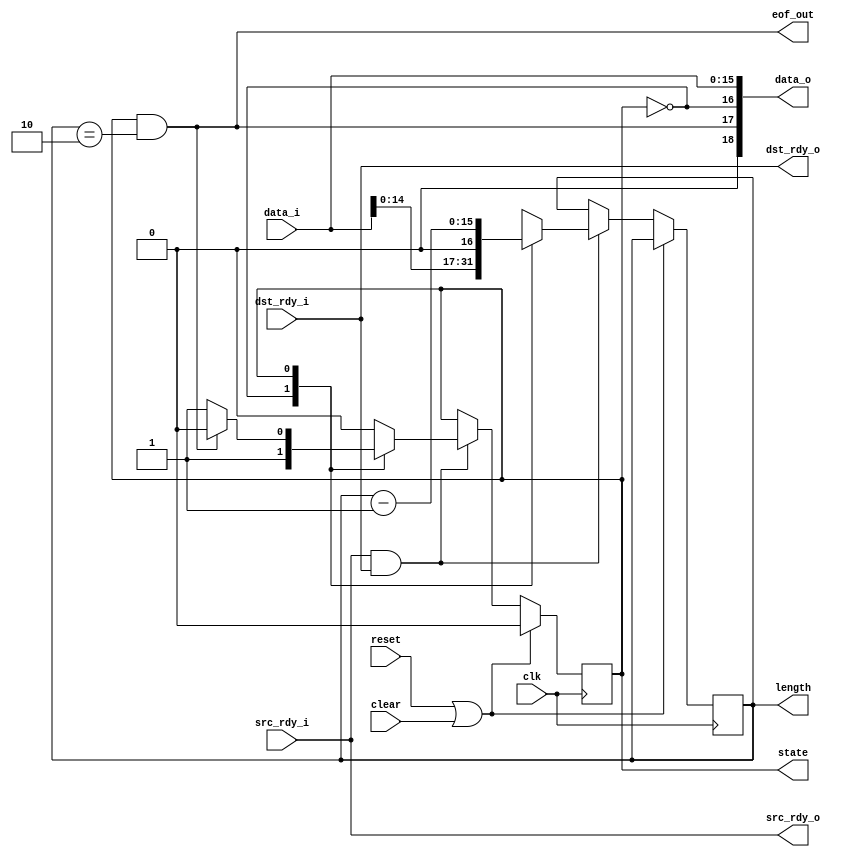
module packet_reframer
  (input clk, input reset, input clear,
   input [15:0] data_i,
   input src_rdy_i,
   output dst_rdy_o,
   output [18:0] data_o,
   output src_rdy_o,
   input dst_rdy_i,
   output reg state,
   output eof_out,
   output reg [15:0] length);

   //reg state;
   //reg [15:0] length;
   
   localparam RF_IDLE = 0;
   localparam RF_PKT = 1;
   
   always @(posedge clk)
     if(reset | clear)
       state <= RF_IDLE;
     else
       if(src_rdy_i & dst_rdy_i)
	 case(state)
	   RF_IDLE :
	     begin
		length <= {data_i[14:0],1'b0};
		state <= RF_PKT;
	     end
	   RF_PKT :
	     begin
		if(eof_out) state <= RF_IDLE;
		length <= length - 1;
	     end
	 endcase // case (state)
   
   assign dst_rdy_o = dst_rdy_i; // this is a little pessimistic but ok
   assign src_rdy_o = src_rdy_i;
   
   wire occ_out = 0;
   assign eof_out = (state == RF_PKT) & (length == 2);
   wire sof_out = (state == RF_IDLE);
   assign data_o = {occ_out, eof_out, sof_out, data_i[15:0]};
   
      
endmodule